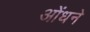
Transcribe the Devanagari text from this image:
ओंधने